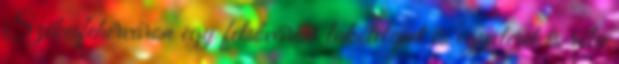
Székesfehérváron egy felsővárosi lakótelepet és egy teret is róla